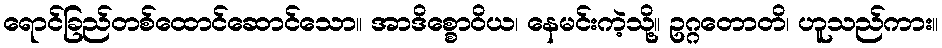
ရောင်ခြည်တစ်ထောင်ဆောင်သော။ အာဒိစ္စောဝိယ၊ နေမင်းကဲ့သို့။ ဥဂ္ဂတောတိ၊ ဟူသည်ကား။